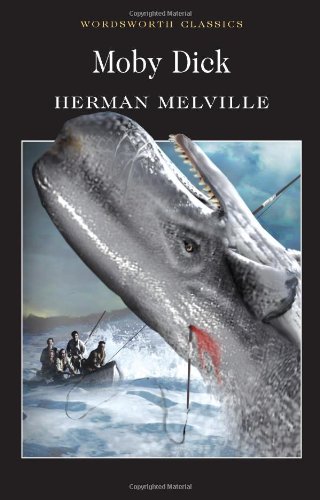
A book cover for Moby Dick (Wordsworth Classics) (Wadsworth Collection); Herman Melville; Literature & Fiction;